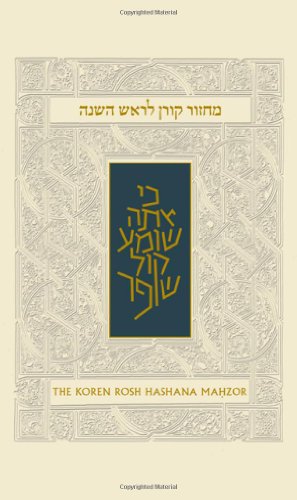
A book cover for Koren Sacks Rosh HaShana Mahzor (Hebrew and English Edition); Religion & Spirituality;